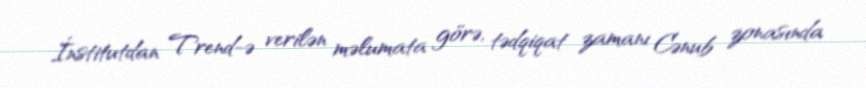
İnstitutdan Trend-ə verilən məlumata görə, tədqiqat zamanı Cənub zonasında